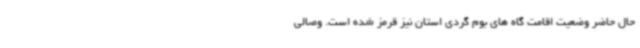
حال حاضر وضعیت اقامت گاه های بوم گردی استان نیز قرمز شده است. وصالی